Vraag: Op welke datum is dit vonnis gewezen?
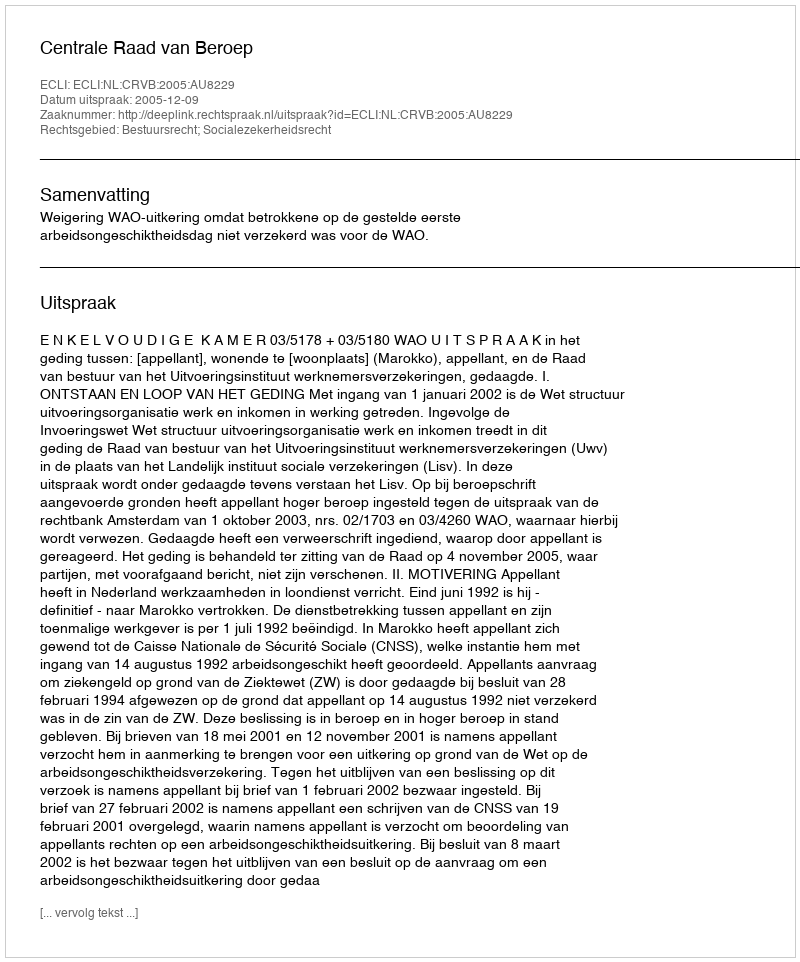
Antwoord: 2005-12-09